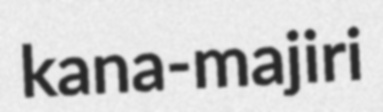
kana-majiri